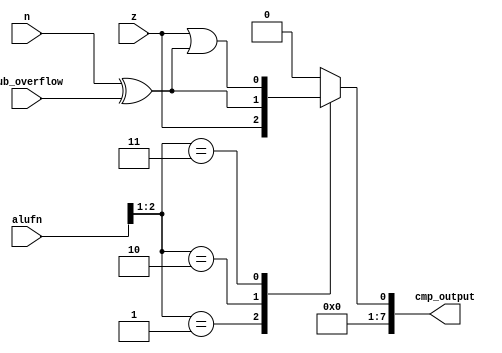
module compare_mod_8 (
    input [5:0] alufn,
    input z,
    input sub_overflow,
    input n,
    output reg [7:0] cmp_output
  );
  
  
  
  reg cmp;
  
  always @* begin
    
    case (alufn[1+1-:2])
      2'h1: begin
        cmp = z;
      end
      2'h2: begin
        cmp = n ^ sub_overflow;
      end
      2'h3: begin
        cmp = z | (n ^ sub_overflow);
      end
      default: begin
        cmp = 1'h0;
      end
    endcase
    cmp_output[0+0-:1] = cmp;
    cmp_output[1+6-:7] = 7'h00;
  end
endmodule